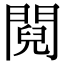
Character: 䦧